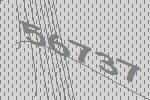
56737